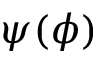
\psi ( \phi )